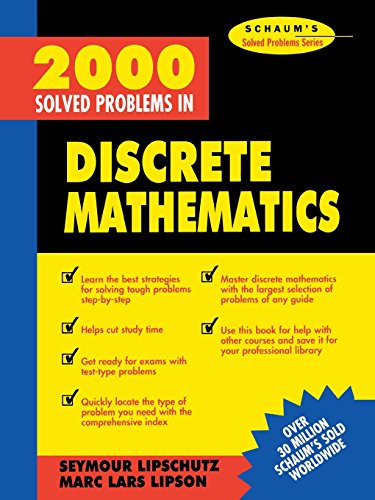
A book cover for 2000 Solved Problems in Discrete Mathematics; Seymour Lipschutz; Science & Math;